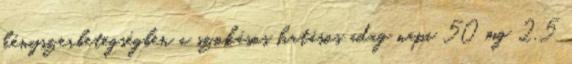
kényszerbetegségben a szokásos hatásos adag napi 50 mg 2,5